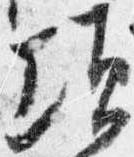
頃